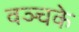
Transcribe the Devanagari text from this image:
वञ्चके